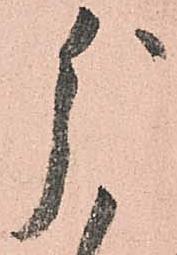
分